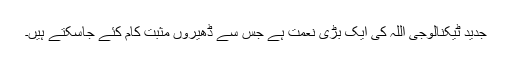
جدید ٹیکنالوجی اللہ کی ایک بڑی نعمت ہے جس سے ڈھیروں مثبت کام کئے جاسکتے ہیں۔